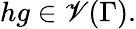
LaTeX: hg\in\mathscr{V}(\Gamma).